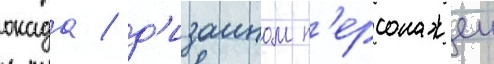
окада / д'изаином п'ерсонажеи